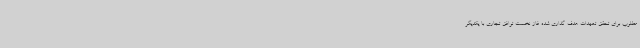
مطلوب برای تحقق تعهدات هدف گذاری شده فاز نخست توافق تجاری با یکدیگر